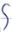
Text: S